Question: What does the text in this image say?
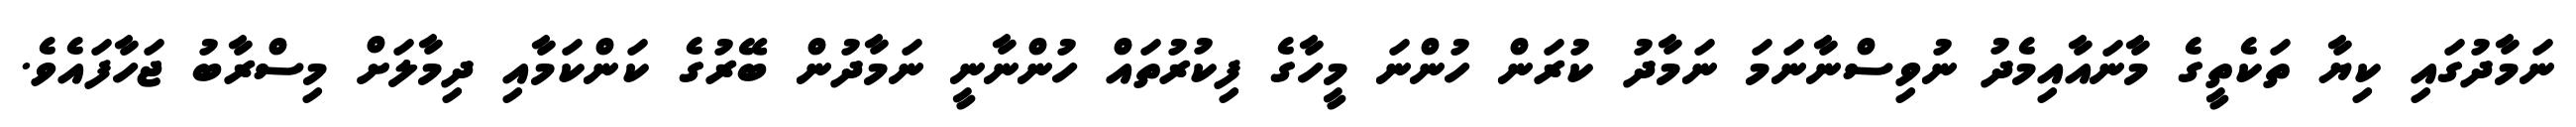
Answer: ނަމާދުގައި ކިޔާ ތަކެތީގެ މާނައާއިމެދު ނުވިސްނާނަމަ ނަމާދު ކުރަން ހުންނަ މީހާގެ ފިކުރުތައް ހުންނާނީ ނަމާދުން ބޭރުގެ ކަންކަމާއި ދިމާލަށް މިސްރާބު ޖަހާފައެވެ.